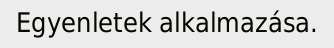
Egyenletek alkalmazása.